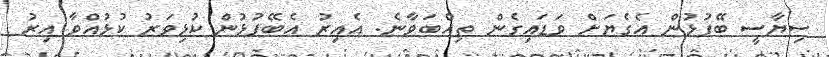
ސިޔާސީ ބޭފުޅުން އެގެޔަށް ވަޑައިގެން ތިއްބަވާނެ. އެއިރު އެބޭފުޅުން ކުޅިވަރު ކުޅުއްވާ އިރު